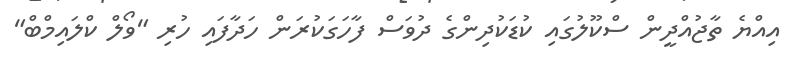
އިއްޔެ ތާޖުއްދީން ސްކޫލުގައި ކުޑަކުދިންގެ ދުވަސް ފާހަގަކުރަން ހަދާފައި ހުރި "ވޯލް ކްލައިމްބް"